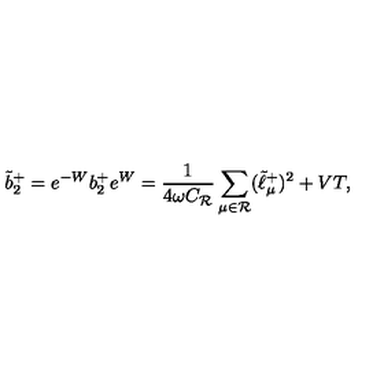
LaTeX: \tilde { b } _ { 2 } ^ { + } = e ^ { - W } b _ { 2 } ^ { + } e ^ { W } = { \frac { 1 } { 4 \omega C _ { \cal R } } } \sum _ { \mu \in { \cal R } } ( \tilde { \ell } _ { \mu } ^ { + } ) ^ { 2 } + V T ,